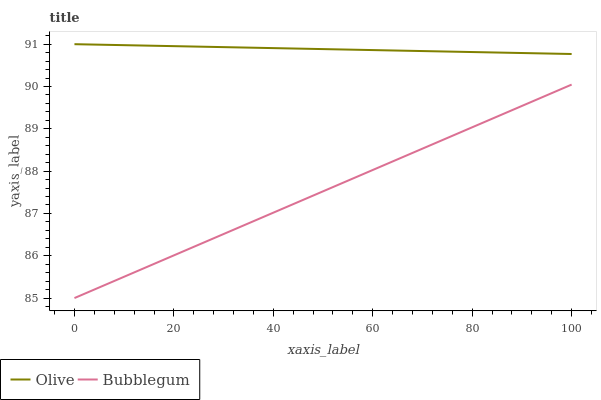
| xaxis_label | Olive | Bubblegum |
 | --- | --- | --- |
 | 0 | 91 | 85 |
 | 9.09 | 91 | 85.5 |
 | 18.2 | 91 | 85.9 |
 | 27.3 | 90.9 | 86.4 |
 | 36.4 | 90.9 | 86.8 |
 | 45.5 | 90.9 | 87.3 |
 | 54.5 | 90.9 | 87.8 |
 | 63.6 | 90.9 | 88.2 |
 | 72.7 | 90.8 | 88.7 |
 | 81.8 | 90.8 | 89.1 |
 | 90.9 | 90.8 | 89.6 |
 | 100 | 90.8 | 90 |